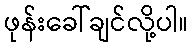
ဖုန်းခေါ်ချင်လို့ပါ။